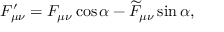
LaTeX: F _ { \mu \nu } ^ { \prime } = F _ { \mu \nu } \cos \alpha - \widetilde { F } _ { \mu \nu } \sin \alpha ,